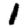
Digit: 1